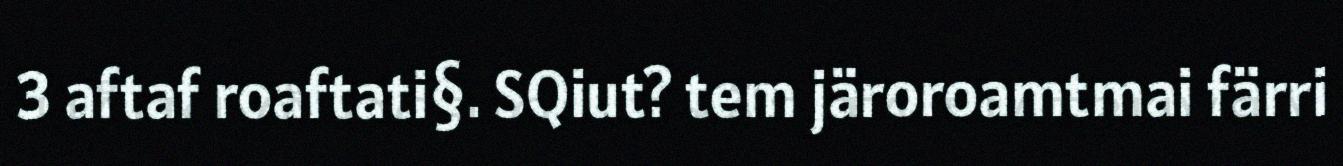
3 aftaf roaftati§. SQiut? tem järoroamtmai färri